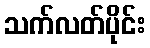
သက်လတ်ပိုင်း